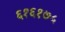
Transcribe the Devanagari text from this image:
६१६१७५